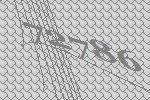
72786